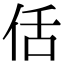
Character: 佸